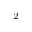
^ 2